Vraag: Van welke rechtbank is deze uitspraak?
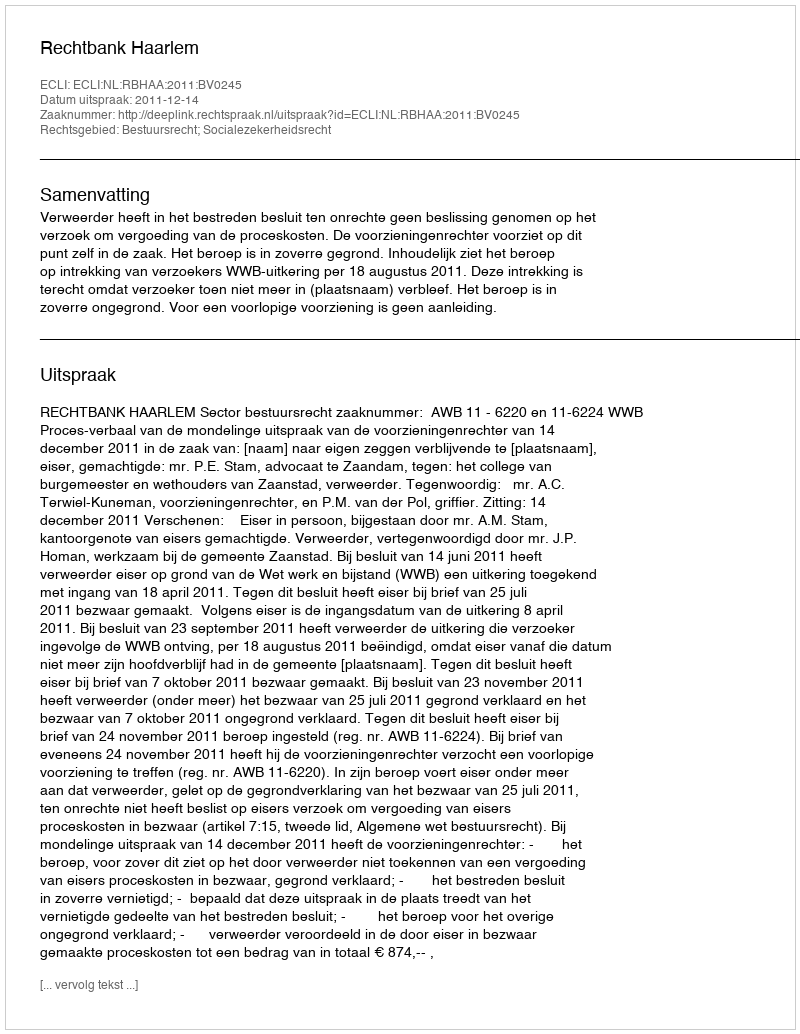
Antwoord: Rechtbank Haarlem